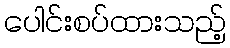
ပေါင်းစပ်ထားသည့်